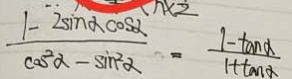
\frac { 1 - 2 \sin \alpha \cos \alpha } { \cos ^ { 2 } \alpha - \sin ^ { 2 } \alpha } = \frac { 1 - \tan \alpha } { 1 + \tan \alpha }